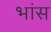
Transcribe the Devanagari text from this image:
भांस